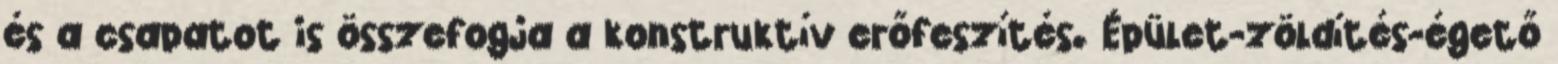
és a csapatot is összefogja a konstruktív erőfeszítés. Épület-zöldítés-égető